Lunatic asylums in Bengal annual reports 1888-1898 - 1888-1898
Year: 1888
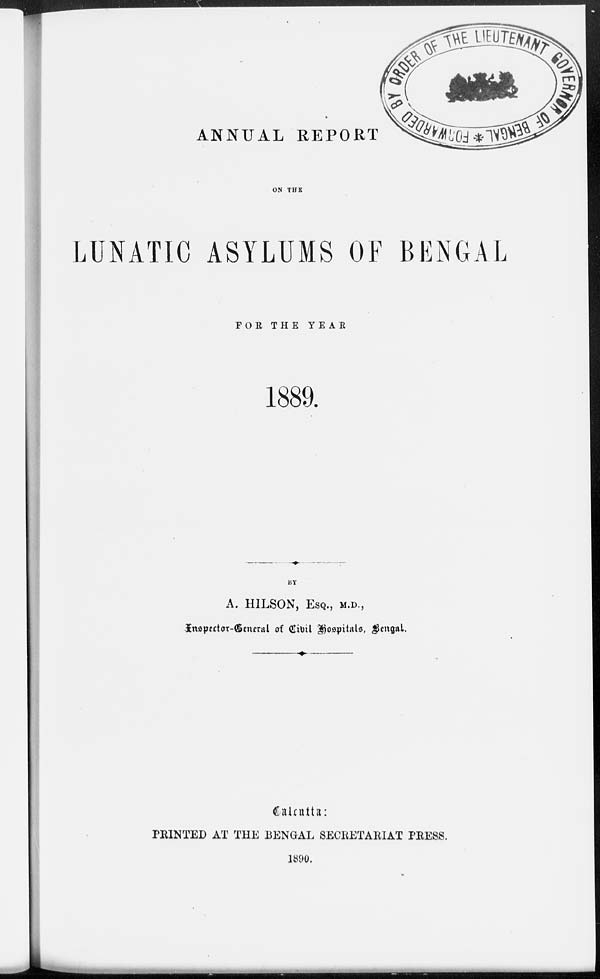
ANNUAL REPORT
ON THE
LUNATIC ASYLUMS OF BENGAL
FOR THE
YEAR
1889.
BY
A. HILSON, ESQ., M.D.,
Inspector-General of Civil Hospitals, Bengal.
Calcutta:
PRINTED AT THE BENGAL SECRETARIAT PRESS.
1890.